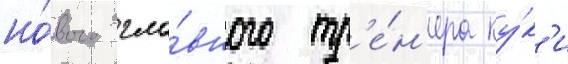
но́вого гла́вного тр'е́н'ера ку́к'и